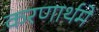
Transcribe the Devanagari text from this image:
करणार्थमे